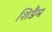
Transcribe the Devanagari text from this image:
शिडैम